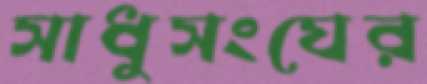
সাধুসংঘের